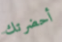
أحضرتك